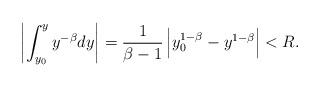
LaTeX: \begin{align*}\left| \int_{y_0}^y y^{-\beta}dy\right|=\frac{1}{\beta-1}\left| y_0^{1-\beta}- y^{1-\beta} \right|<R.\end{align*}